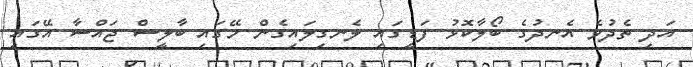
އަދި ތެދުވެ އެނދުގެ ބޯލާކޮޅު ފަޑީގައި ލެނގިލައިގެން މޭގައި ބާލީސް ޖައްސާ އޭގައި